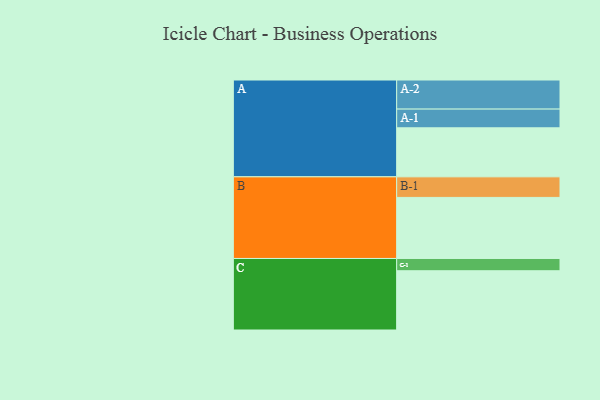
{"axis": {"x": "Segment", "y": "Value"}, "legend": ["", "A", "B", "C"], "data": [{"x": "A", "y": 455, "type": ""}, {"x": "B", "y": 567, "type": ""}, {"x": "C", "y": 550, "type": ""}, {"x": "A-1", "y": 174, "type": "A"}, {"x": "A-2", "y": 270, "type": "A"}, {"x": "B-1", "y": 191, "type": "B"}, {"x": "C-1", "y": 114, "type": "C"}]}